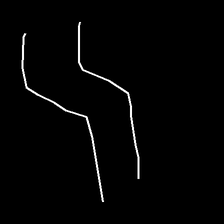
Glyph: float